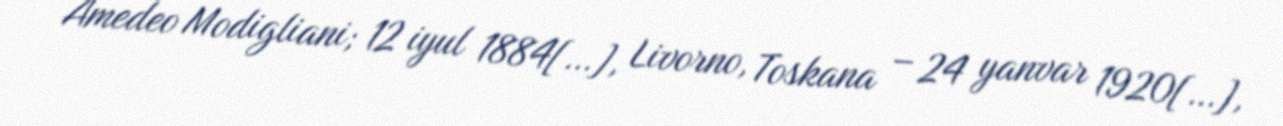
Amedeo Modigliani; 12 iyul 1884[…], Livorno, Toskana – 24 yanvar 1920[…],